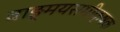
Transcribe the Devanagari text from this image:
वाङ्मयसमीक्षक